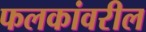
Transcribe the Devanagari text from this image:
फलकांवरील